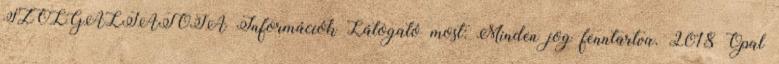
SZOLGÁLTATÓJA Információk Látogató most: Minden jog fenntartva. 2018 Opal